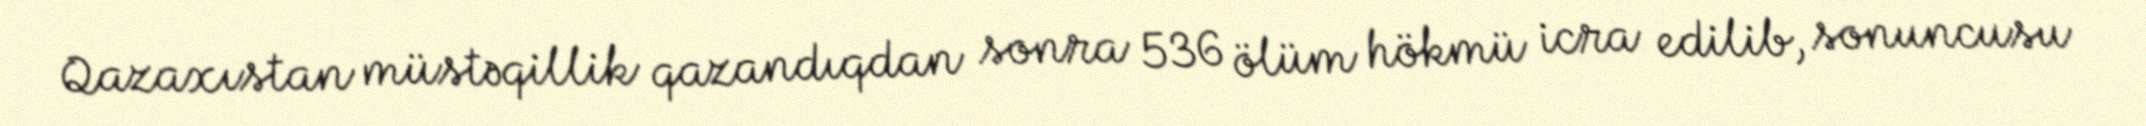
Qazaxıstan müstəqillik qazandıqdan sonra 536 ölüm hökmü icra edilib, sonuncusu